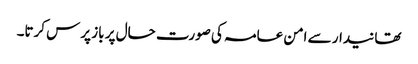
تھانیدار سے امن عامہ کی صورت حال پر باز پرس کرتا۔